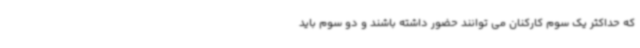
که حداکثر یک سوم کارکنان می توانند حضور داشته باشند و دو سوم باید